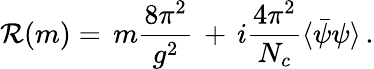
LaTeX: \mathcal{R}(m)=\, m\frac{{8\pi^{2}}}{{g^{2}}}\, +\, i\frac{{4\pi^{2}}}{{N_{c}}}\langle\bar{{\psi}}\psi\rangle\, .